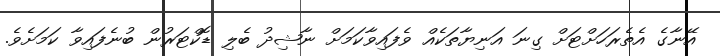
އޭނާގެ އެތެރަހަށްޓަށް ގިނަ އަނިޔާތަކެއް ވެފައިވާކަމަށް ނާޝިދު ބެލި ޑޮކްޓަރުން ބުނެފައިވާ ކަމަށެވެ.